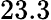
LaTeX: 23.3